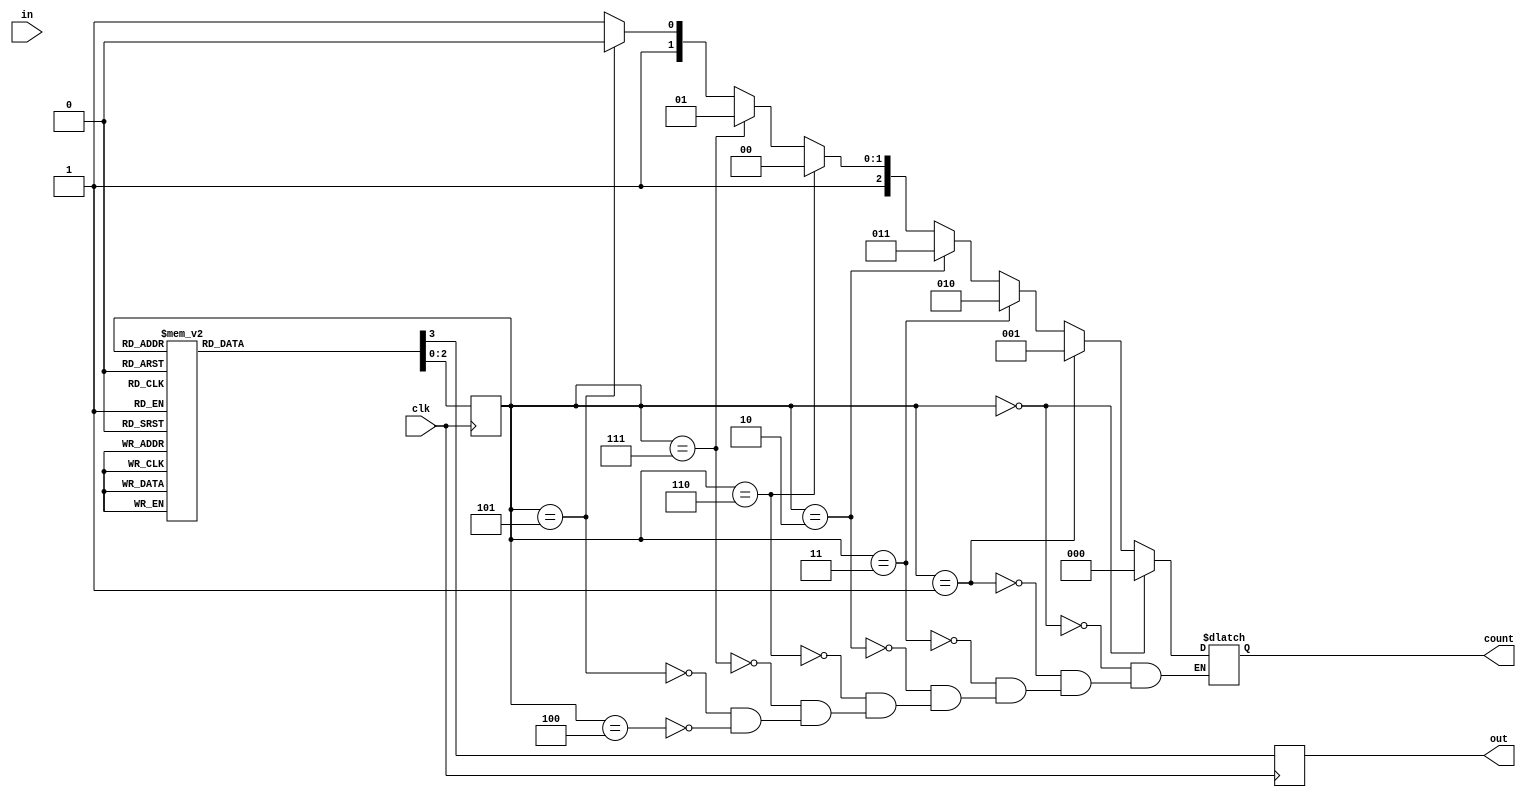
module gray_code_counter(input clk, input in, output reg [2:0] count, output reg out);
parameter S0 = 3'b000, S1 = 3'b001, S2 = 3'b011, S3 = 3'b010, S4 = 3'b110, S5 = 3'b111, S6 = 3'b101, S7 = 3'b100;

reg [2:0] state = 0;

always @(posedge clk)
begin
	case(state)
	S0:begin
	    state <=  S1;
        out <= 1'b0;
	end
	S1:begin
	    state <=  S2;
        out <= 1'b0;
	end
	S2:begin
		state <=  S3;
        out <= 1'b0;
	end
	S3:begin
		state <=  S4;
        out <= 1'b0;
	end
	S4:begin
		state <=  S5;
        out <= 1'b0;
	end
	S5:begin
		state <=  S6;
        out <= 1'b0;
	end
	S6:begin
		state <=  S7;
        out <= 1'b0;
	end
	S7:begin
		state <=  S0;
        out <= 1'b1;
	end
	default:begin
		state <= 0;
        out <= 1'b0;
	end
	endcase
end

always@(state)
begin
	if (state == S0)
		count <= 3'b000;
	else if (state == S1)
		count <= 3'b001;
	else if (state == S2)
		count <= 3'b010;
	else if(state == S3)
		count <= 3'b011;
	else if (state == S4)
		count <= 3'b100;
	else if (state == S5)
		count <= 3'b101;
	else if (state == S6)
		count <= 3'b110;
	else if (state == S7)
		count <= 3'b111;
end
endmodule